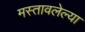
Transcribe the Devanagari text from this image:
मस्तावलेल्या